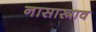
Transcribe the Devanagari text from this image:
नासास्त्राव